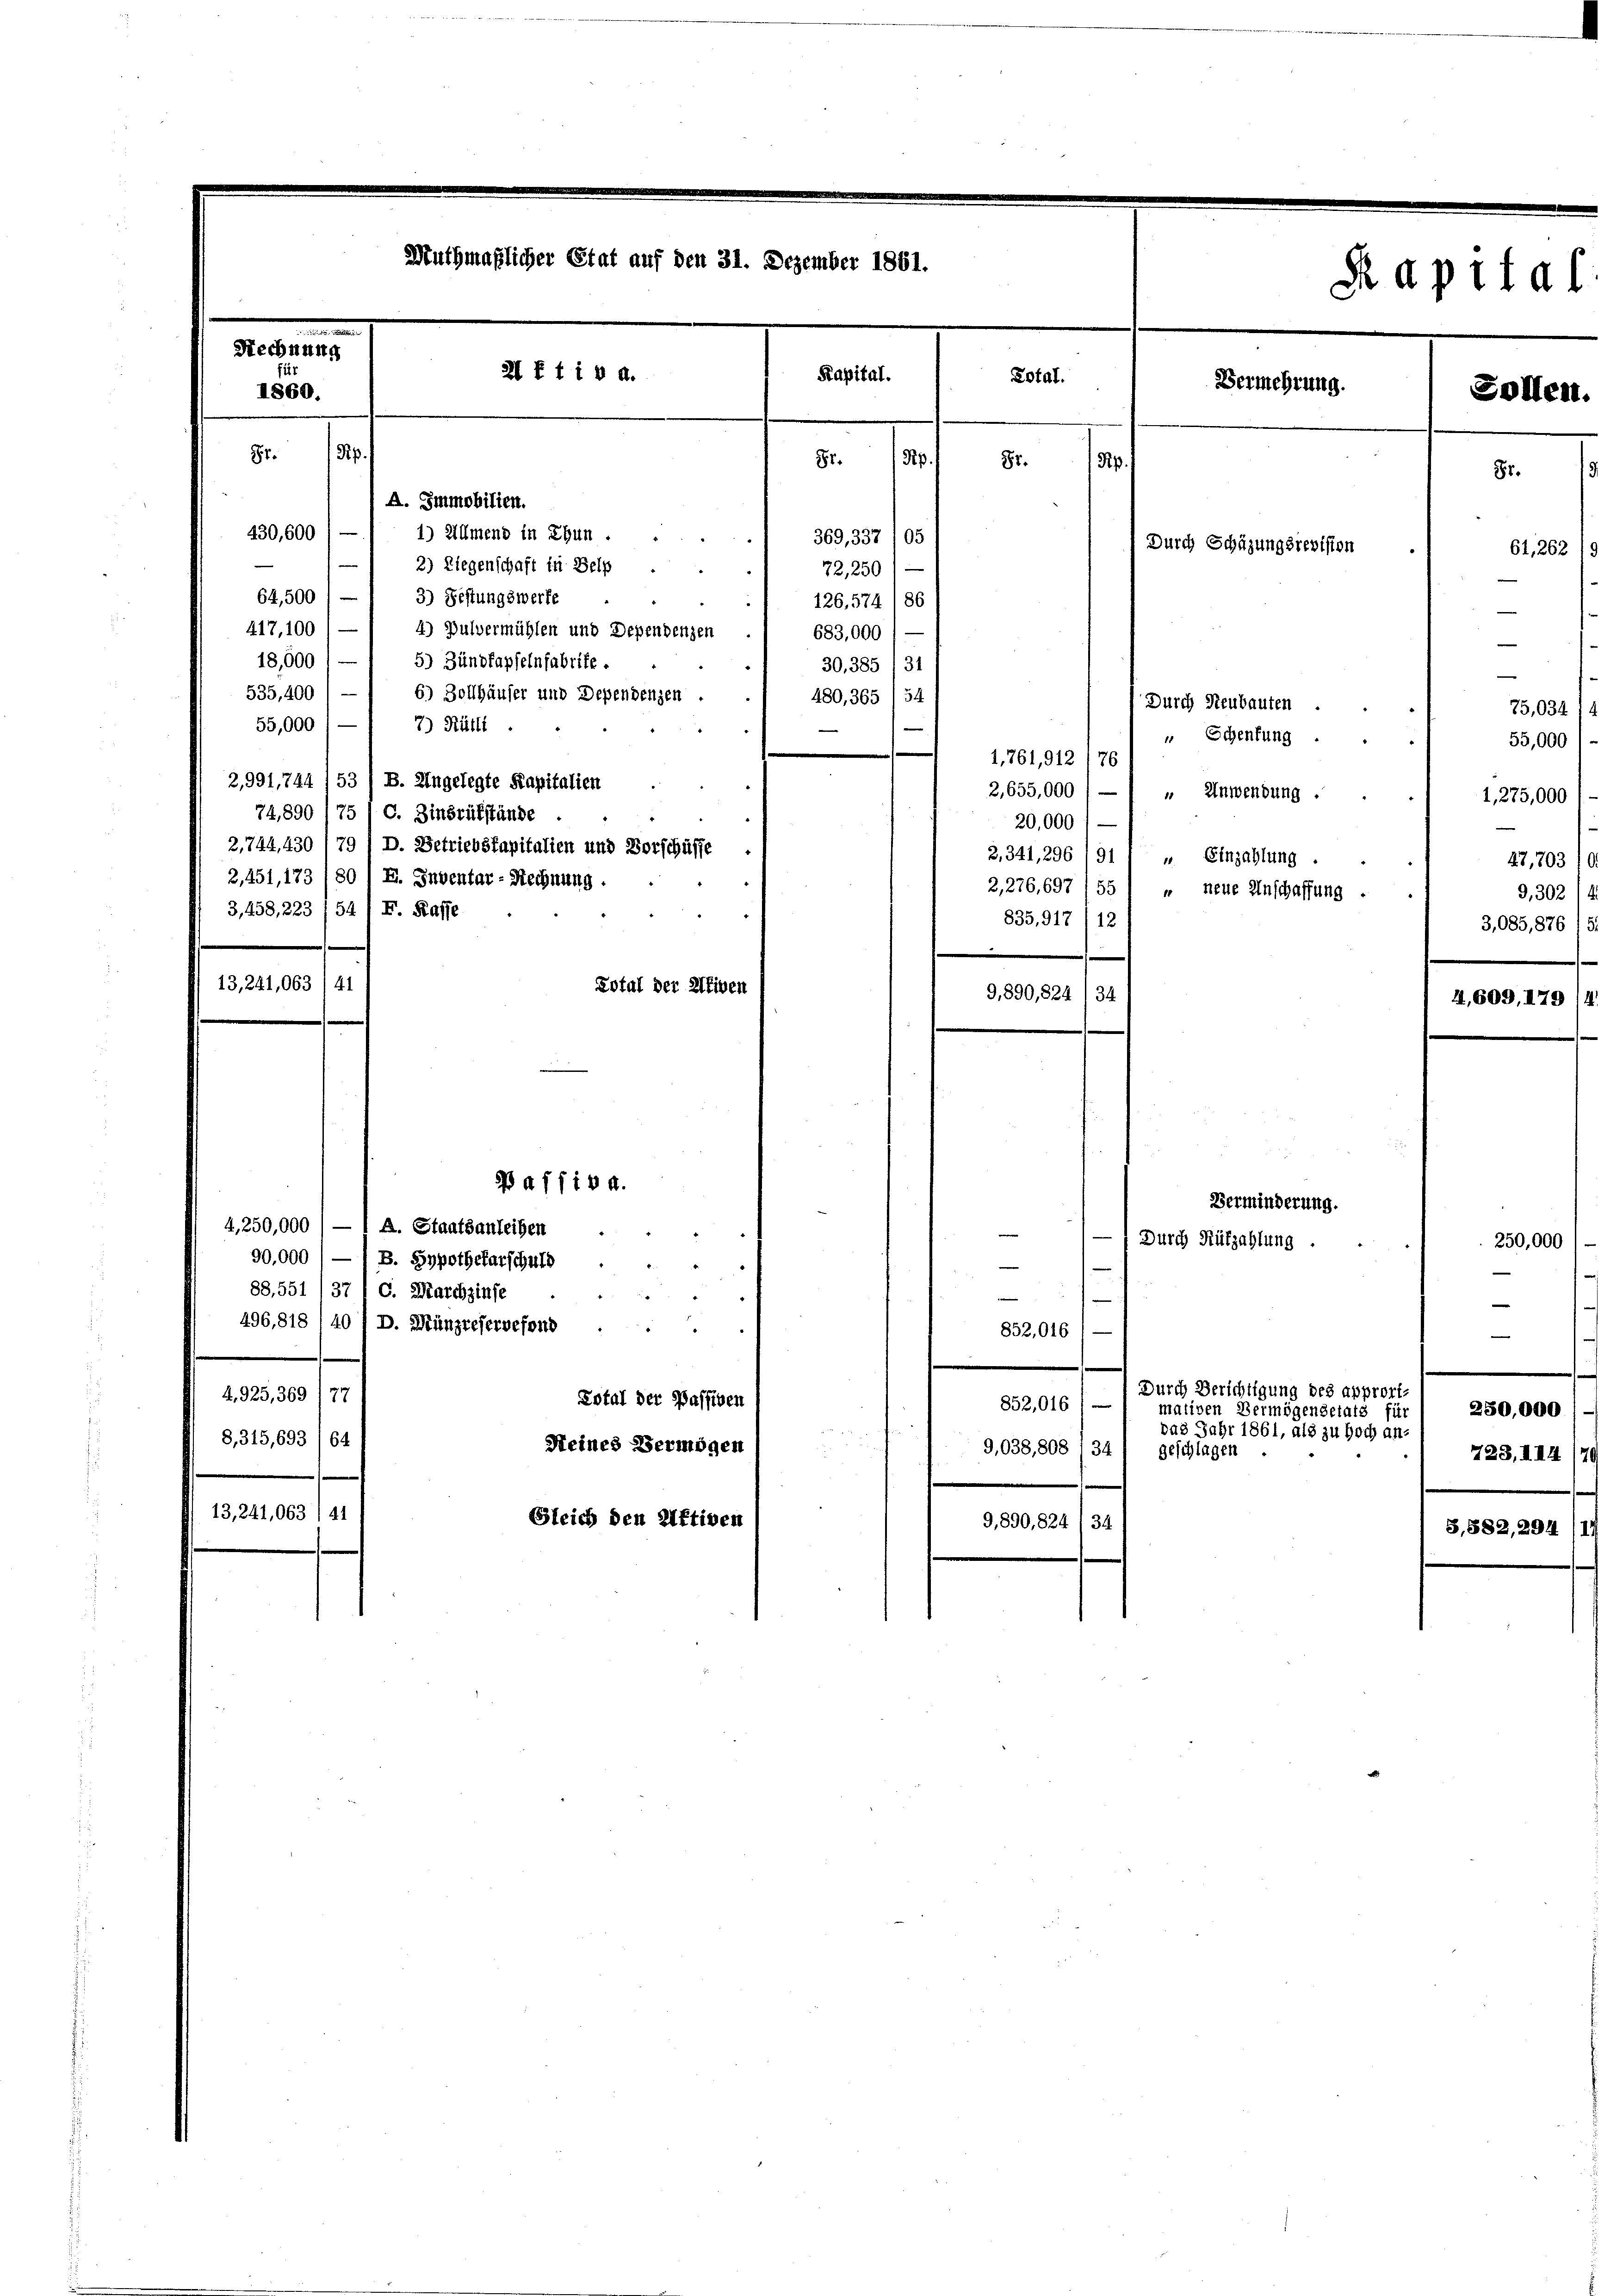
Muthmaßlicher Etat auf den 31. Dezember 1861.
Rechnung
21 f 1 18 a.
Kapital.
1860.
87. 13.
8i.
Rp.

Lotal.
87.
Rp.
A. Immobilien.
430,600
1) Allmend in Thun.
369, 337 05
2) Liegenschaft in Belp
22
72,25
64,500 / — * 3) Festungswerfe
126. 574 186
417, 100 " —
4) Pulvermühlen und Dependenzen
683,000
18,000
5) Zündfapfelnfabrite.
30,385/34
535, 400
6.) Zollhäuser und Dependenzen
480, 365 /54
7.) Rütli
55,000
1,761, 912 176
2,991,744 /53 / B. Angelegte Kapitalien
2,655,000) —
74,890 1 75 / C. Zinsrükstände
20,000 (
2,744, 430, 79 ) D. Betriebskapitalien und Vorschüffe
2,341, 296 (91
2,451, 173 (80 ( E. Inventar - Rechnung.
2,276, 697 (55
3,458, 223 /54 1 F. Kaffe
835. 917 12
13,241,063) 41
Lotal der Weiben
9,890,824/34
Baffiv 4.
4,250,000
A. Staatsanleihen
90,000
B. Hypothekarschuld

88. 551 (37 10. Marchzinse
e
496. 818, 40 / D. Münzreservefond
852,016 1 —
4925,369/77
Lotal der Passiven
852,016
2
8,315,693 (64
Keines Vermögen
9,038,808 1 34
13,241,063 / 41
Gleich den Aktiven
9,890,824/34

Vermehrung.

Durch Schazungsrevision

Durch Neubauten
" Schenkung
 Anwendung .
" Einzahlung.
" neue Anschaffung

Verminderung.
Durch Rüfzahlung

Durch Berichtigung des apprortmativen Vermögensetats für
va8 Jahr 1861, als zu hoch angeschlagen

Raptial

250,

Sollen.

—
75,034 1.
55,000
1,275,000
47, 703 (A
9,302/4.
3,085, 876 15.
4,609, 179 14

61,262 19

250,000
723, 114 (79